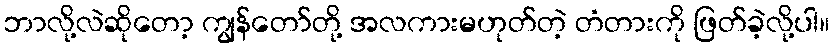
ဘာလို့လဲဆိုတော့ ကျွန်တော်တို့ အလကားမဟုတ်တဲ့ တံတားကို ဖြတ်ခဲ့လို့ပါ။